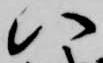
八